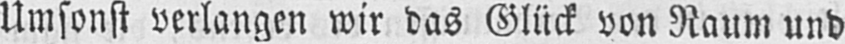
Umsonst verlangen wir das Glück von Raum und